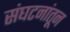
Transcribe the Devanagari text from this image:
संघटनांतून